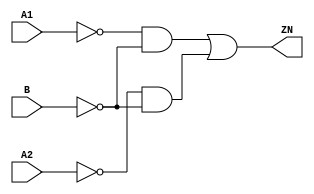
// Copyright 2022 GlobalFoundries PDK Authors
//
// Licensed under the Apache License, Version 2.0 (the "License");
// you may not use this file except in compliance with the License.
// You may obtain a copy of the License at
//
//      http://www.apache.org/licenses/LICENSE-2.0
//
// Unless required by applicable law or agreed to in writing, software
// distributed under the License is distributed on an "AS IS" BASIS,
// WITHOUT WARRANTIES OR CONDITIONS OF ANY KIND, either express or implied.
// See the License for the specific language governing permissions and
// limitations under the License.

module gf180mcu_fd_sc_mcu9t5v0__aoi21_2( B, ZN, A2, A1 );
input A1, A2, B;
output ZN;

	wire A1_inv_for_gf180mcu_fd_sc_mcu9t5v0__aoi21_2;

	not MGM_BG_0( A1_inv_for_gf180mcu_fd_sc_mcu9t5v0__aoi21_2, A1 );

	wire B_inv_for_gf180mcu_fd_sc_mcu9t5v0__aoi21_2;

	not MGM_BG_1( B_inv_for_gf180mcu_fd_sc_mcu9t5v0__aoi21_2, B );

	wire ZN_row1;

	and MGM_BG_2( ZN_row1, A1_inv_for_gf180mcu_fd_sc_mcu9t5v0__aoi21_2, B_inv_for_gf180mcu_fd_sc_mcu9t5v0__aoi21_2 );

	wire A2_inv_for_gf180mcu_fd_sc_mcu9t5v0__aoi21_2;

	not MGM_BG_3( A2_inv_for_gf180mcu_fd_sc_mcu9t5v0__aoi21_2, A2 );

	wire ZN_row2;

	and MGM_BG_4( ZN_row2, A2_inv_for_gf180mcu_fd_sc_mcu9t5v0__aoi21_2, B_inv_for_gf180mcu_fd_sc_mcu9t5v0__aoi21_2 );

	or MGM_BG_5( ZN, ZN_row1, ZN_row2 );

endmodule